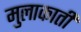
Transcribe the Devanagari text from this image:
मुलाकाती